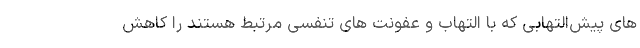
های پیش‌التهابی که با التهاب و عفونت های تنفسی مرتبط هستند را کاهش